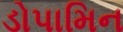
ડોપામિન